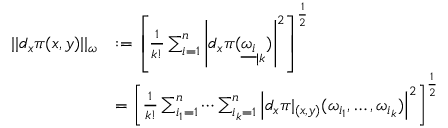
\begin{array} { r l } { | | d _ { x } \pi ( x , y ) | | _ { \omega } } & { : = \left[ \frac { 1 } { k ! } \sum _ { i = 1 } ^ { n } \left| d _ { x } \pi ( { \underline { { \omega _ { i } } } } _ { | k } ) \right| ^ { 2 } \right] ^ { \frac { 1 } { 2 } } } \\ & { = \left[ \frac { 1 } { k ! } \sum _ { i _ { 1 } = 1 } ^ { n } \cdots \sum _ { i _ { k } = 1 } ^ { n } \left| d _ { x } \pi | _ { ( x , y ) } ( \omega _ { i _ { 1 } } , \ldots , \omega _ { i _ { k } } ) \right| ^ { 2 } \right] ^ { \frac { 1 } { 2 } } } \end{array}